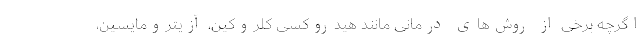
اگرچه برخی از روش‌های درمانی مانند هیدروکسی کلروکین، آزیترومایسین،